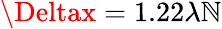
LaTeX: \Deltax=1.22\lambda\mathbb{N}